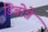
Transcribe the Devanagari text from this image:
डिबोन्ने